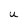
Character: U